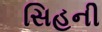
સિહની